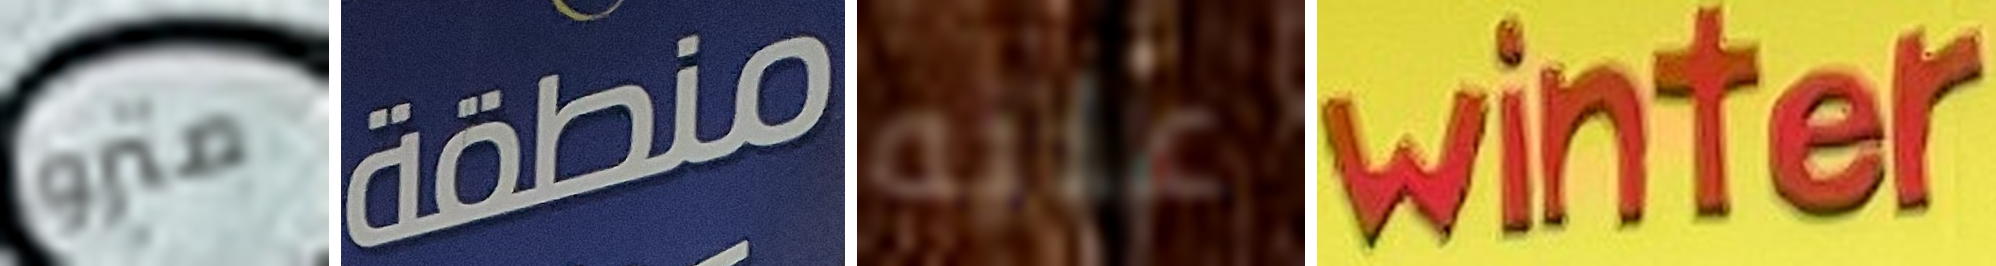
مترو منطقة عليه winter